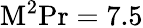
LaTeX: \mathrm{M}^{2}\mathrm{Pr}=7.5